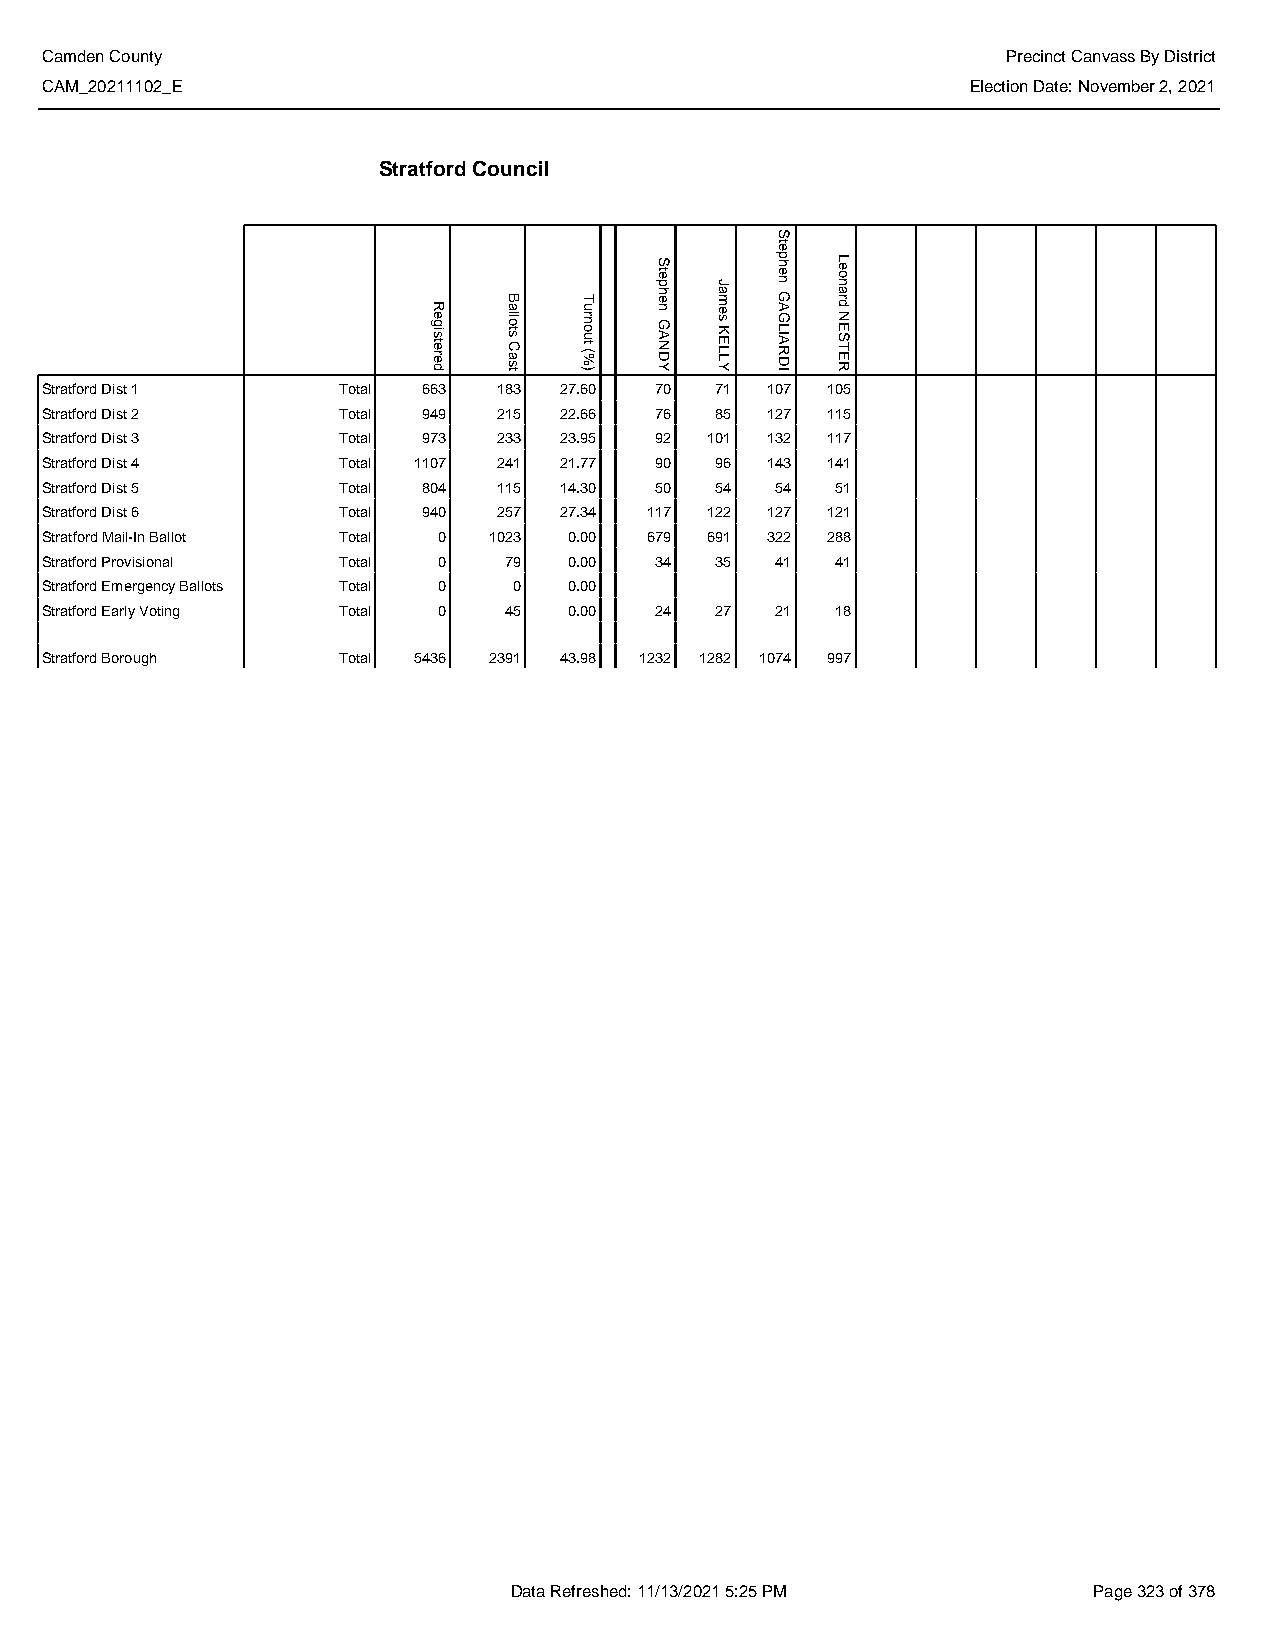
Camden County                                                   Precinct Canvass By District
 CAM_20211102_E                                               Election Date: November 2, 2021
 Stratford Council
 Stratford Dist 1   Total 663  183 27.60 70  71  107 105
 Stratford Dist 2   Total 949  215 22.66 76  85  127 115
 Stratford Dist 3   Total 973  233 23.95 92  101 132 117
 Stratford Dist 4   Total 1107 241 21.77 90  96  143 141
 Stratford Dist 5   Total 804  115 14.30 50  54  54  51
 Stratford Dist 6   Total 940  257 27.34 117 122 127 121
 Stratford Mail-In Ballot Total 0 1023 0.00 679 691 322 288
 Stratford Provisional Total 0 79   0.00 34  35  41  41
 Stratford Emergency Ballots Total 0 0 0.00
 Stratford Early Voting Total 0 45  0.00 24  27  21  18
 Stratford Borough  Total 5436 2391 43.98 1232 1282 1074 997
 Data Refreshed: 11/13/2021 5:25 PM    Page 323 of 378
 Registered
 Ballots
 Cast
 Turnout
 (%)
 Stephen
 GANDY
 James
 KELLY
 Stephen
 GAGLIARDI
 Leonard
 NESTER